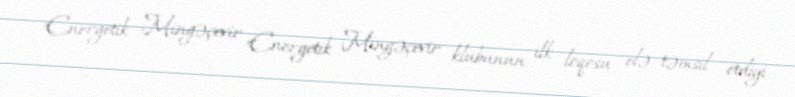
Energetik Mingəçevir Energetik Mingəçevir klubunun ilk loqosu elə təmsil etdiyi